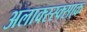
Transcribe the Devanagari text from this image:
अलाक्स्स्क्साक